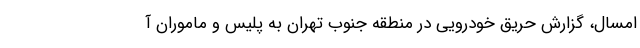
امسال، گزارش حریق خودرویی در منطقه جنوب تهران به پلیس و ماموران آ